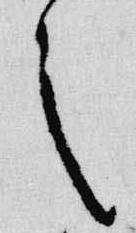
之